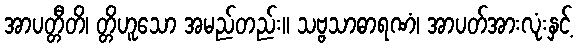
အာပတ္တီတိ၊ တ္တိဟူသော အမည်တည်း။ သဗ္ဗသာဓာရဏံ၊ အာပတ်အားလုံးနှင့်